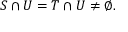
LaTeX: S \cap U = T \cap U \neq \emptyset .